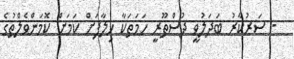
- ސަރުކާރު ބަދަލުވީ ދުސްތޫރީ ހަމަތަކާ ހިލާފަށް ކަމަށް ކޮމަންވެލްތުގެ